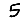
Digit: 5